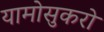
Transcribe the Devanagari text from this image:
यामोसुकरो